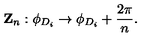
{ \bf Z } _ { n } : \phi _ { D _ { i } } \rightarrow \phi _ { D _ { i } } + \frac { 2 \pi } { n } .